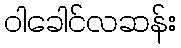
ဝါခေါင်လဆန်း